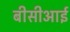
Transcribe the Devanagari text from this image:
बीसीआई